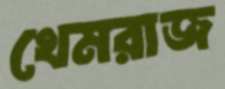
খেমরাজ